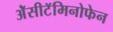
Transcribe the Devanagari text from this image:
ॲेसीटॅमिनोफेन